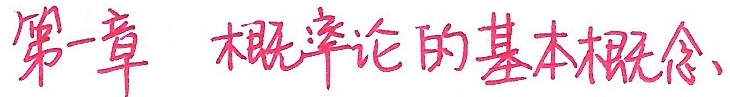
第一章 概率论的基本概念、